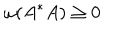
\omega ( A ^ { * } A ) \ge 0